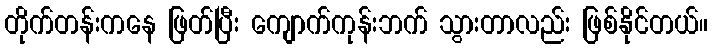
တိုက်တန်းကနေ ဖြတ်ပြီး ကျောက်ကုန်းဘက် သွားတာလည်း ဖြစ်နိုင်တယ်။